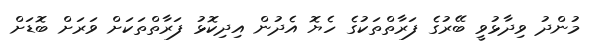
މުންދު ވިދާޅުވީ ބޭރުގެ ފަރާތްތަކުގެ ހެޔޮ އެދުން އިދިކޮޅު ފަރާތްތަކަށް ވަރަށް ބޮޑަށް